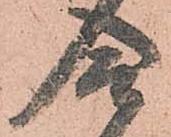
合